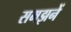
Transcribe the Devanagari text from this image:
समझनें